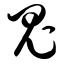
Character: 鬼